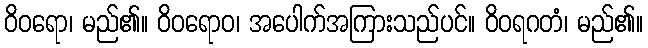
ဝိဝရော၊ မည်၏။ ဝိဝရောဝ၊ အပေါက်အကြားသည်ပင်။ ဝိဝရဂတံ၊ မည်၏။